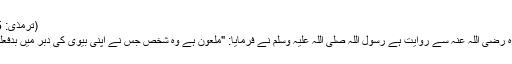
(ترمذی: 1165)
ابو ہریرہ رضی اللہ عنہ سے روایت ہے رسول اللہ صلی اللہ علیہ وسلم نے فرمایا: "ملعون ہے وہ شخص جس نے اپنی بیوی کی دبر میں بدفعلی کی‘‘۔